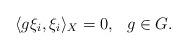
LaTeX: \begin{align*}\langle g\xi_i, \xi_i\rangle_X=0, \ \ g \in G.\end{align*}